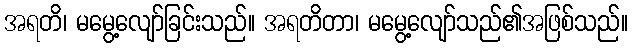
အရတိ၊ မမွေ့လျော်ခြင်းသည်။ အရတိတာ၊ မမွေ့လျော်သည်၏အဖြစ်သည်။